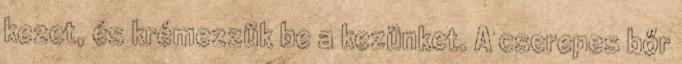
kezet, és krémezzük be a kezünket. A cserepes bőr